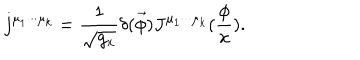
j ^ { \mu _ { 1 } \cdot \cdot \cdot \mu _ { k } } = \frac 1 { \sqrt { g _ { x } } } \delta ( \vec { \phi } ) J ^ { \mu _ { 1 } \cdot \cdot \cdot \mu _ { k } } ( \frac \phi x ) .